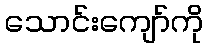
သောင်းကျော်ကို